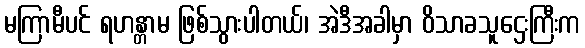
မကြာမီပင် ရဟန္တာမ ဖြစ်သွားပါတယ်၊ အဲဒီအခါမှာ ဝိသာခသူဌေးကြီးက